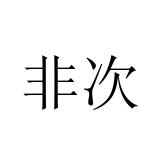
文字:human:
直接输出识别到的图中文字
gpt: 非次